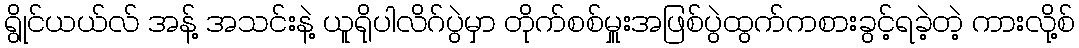
ရွိုင်ယယ်လ် အန့် အသင်းနဲ့ ယူရိုပါလိဂ်ပွဲမှာ တိုက်စစ်မှူးအဖြစ်ပွဲထွက်ကစားခွင့်ရခဲ့တဲ့ ကားလို့စ်